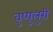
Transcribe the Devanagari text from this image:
वुप्पुलुरी